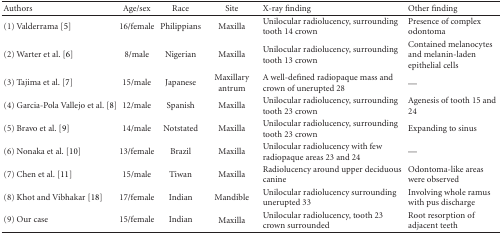
<table><thead><tr><td><b>Authors</b></td><td><b>Age/sex</b></td><td><b>Race</b></td><td><b>Site</b></td><td><b>X-ray finding</b></td><td><b>Other finding</b></td></tr></thead><tbody><tr><td>(1) Valderrama [5]</td><td>16/female</td><td>Philippians</td><td>Maxilla</td><td>Unilocular radiolucency, surrounding tooth 14 crown </td><td>Presence of complex odontoma</td></tr><tr><td>(2) Warter et al. [6]</td><td>8/male </td><td>Nigerian</td><td>Maxilla</td><td>Unilocular radiolucency, surrounding tooth 13 crown </td><td>Contained melanocytes and melanin-laden epithelial cells</td></tr><tr><td>(3) Tajima et al. [7]</td><td>15/male</td><td>Japanese</td><td>Maxillary antrum</td><td>A well-defined radiopaque mass and crown of unerupted 28</td><td>—</td></tr><tr><td>(4) Garcia-Pola Vallejo et al. [8]</td><td>12/male</td><td>Spanish</td><td>Maxilla</td><td>Unilocular radiolucency, surrounding tooth 23 crown </td><td>Agenesis of tooth 15 and 24</td></tr><tr><td>(5) Bravo et al. [9]</td><td>14/male</td><td>Notstated</td><td>Maxilla</td><td>Unilocular radiolucency, surrounding tooth 23 crown </td><td>Expanding to sinus</td></tr><tr><td>(6) Nonaka et al. [10]</td><td>13/female</td><td>Brazil</td><td>Maxilla</td><td>Unilocular radiolucency with few radiopaque areas 23 and 24</td><td>—</td></tr><tr><td>(7) Chen et al. [11]</td><td>15/male</td><td>Tiwan</td><td>Maxilla</td><td>Radiolucency around upper deciduous canine</td><td>Odontoma-like areas were observed </td></tr><tr><td>(8) Khot and Vibhakar [18]</td><td>17/female</td><td>Indian</td><td>Mandible</td><td>Unilocular radiolucency surrounding unerupted 33</td><td>Involving whole ramus with pus discharge</td></tr><tr><td>(9) Our case</td><td>15/female</td><td>Indian</td><td>Maxilla </td><td>Unilocular radiolucency, tooth 23 crown surrounded</td><td>Root resorption of adjacent teeth</td></tr></tbody></table>